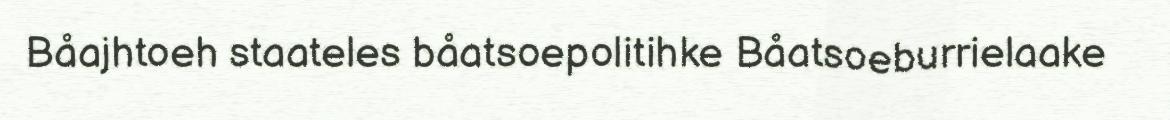
Båajhtoeh staateles båatsoepolitihke Båatsoeburrielaake